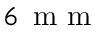
6 \, \textrm { m m }